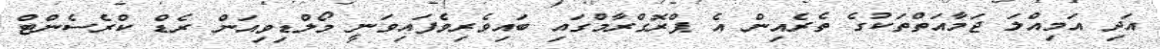
އަދި އަމިއްލަ ޖަމާއަތްތަކުގެ ތެރެއިން އެ ޕްރޮގްރާމްގައި ބައިވެރިވެފައިވަނީ މޯލްޑިވިއަން ރެޑް ކްރެސެންޓް